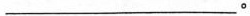
___。